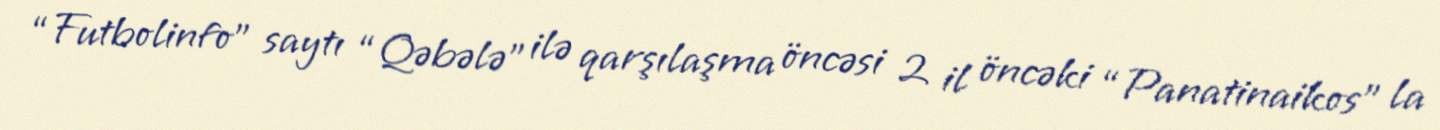
“Futbolinfo” saytı “Qəbələ” ilə qarşılaşma öncəsi 2 il öncəki “Panatinaikos” la